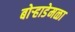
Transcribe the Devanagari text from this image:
बोऱ्हाडेमळा